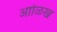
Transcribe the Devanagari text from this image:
आोळख